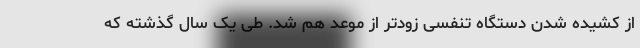
از کشیده شدن دستگاه تنفسی زودتر از موعد هم ‌شد. طی یک سال گذشته که